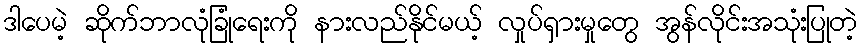
ဒါပေမဲ့ ဆိုက်ဘာလုံခြုံရေးကို နားလည်နိုင်မယ့် လှုပ်ရှားမှုတွေ အွန်လိုင်းအသုံးပြုတဲ့